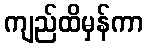
ကျည်ထိမှန်ကာ